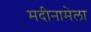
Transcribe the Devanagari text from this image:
मदीनामेला